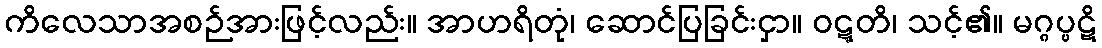
ကိလေသာအစဉ်အားဖြင့်လည်း။ အာဟရိတုံ၊ ဆောင်ပြခြင်းငှာ။ ဝဋ္ဋတိ၊ သင့်၏။ မဂ္ဂပ္ပဋိ